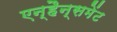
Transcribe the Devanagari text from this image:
एन्हैन्समेंट